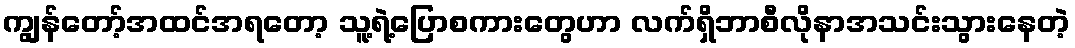
ကျွန်တော့်အထင်အရတော့ သူ့ရဲ့ပြောစကားတွေဟာ လက်ရှိဘာစီလိုနာအသင်းသွားနေတဲ့